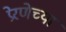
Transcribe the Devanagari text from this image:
प्रेरणेच्या